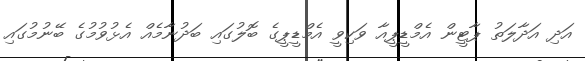
އަދި އަދާލަތު ޕާޓީން އެމްޑީޕީއާ ވަކިވީ އެމްޑީޕީގެ ބޮލުގައި ބަދުނާމެއް އެޅުވުމުގެ ބޭނުމުގައި